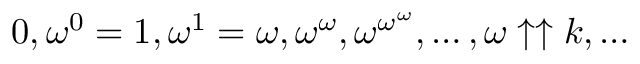
0 , \omega ^ { 0 } = 1 , \omega ^ { 1 } = \omega , \omega ^ { \omega } , \omega ^ { \omega ^ { \omega } } , \ldots , \omega \uparrow \uparrow k , \ldots